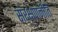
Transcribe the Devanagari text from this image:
संरक्षणनीति